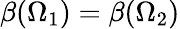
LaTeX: \beta(\Omega_{1})=\beta(\Omega_{2})